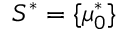
S ^ { * } = \{ \mu _ { 0 } ^ { * } \}